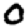
Digit: 0